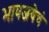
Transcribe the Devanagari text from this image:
भावजयेचं